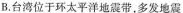
B.台湾位于环太平洋地震带，多发地震